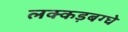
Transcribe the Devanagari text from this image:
लक्कड़बग्घे